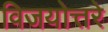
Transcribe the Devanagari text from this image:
विजयोत्तरे